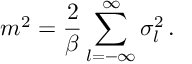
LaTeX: m ^ { 2 } = \frac { 2 } { \beta } \sum _ { l = - \infty } ^ { \infty } \sigma _ { l } ^ { 2 } \, .